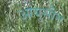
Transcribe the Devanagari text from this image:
आयुसीन